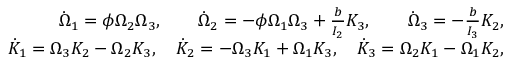
\begin{array} { r } { \dot { \Omega } _ { 1 } = \phi \Omega _ { 2 } \Omega _ { 3 } , \qquad \dot { \Omega } _ { 2 } = - \phi \Omega _ { 1 } \Omega _ { 3 } + \frac { b } { I _ { 2 } } K _ { 3 } , \qquad \dot { \Omega } _ { 3 } = - \frac { b } { I _ { 3 } } K _ { 2 } , } \\ { \dot { K } _ { 1 } = \Omega _ { 3 } K _ { 2 } - \Omega _ { 2 } K _ { 3 } , \quad \dot { K } _ { 2 } = - \Omega _ { 3 } K _ { 1 } + \Omega _ { 1 } K _ { 3 } , \quad \dot { K } _ { 3 } = \Omega _ { 2 } K _ { 1 } - \Omega _ { 1 } K _ { 2 } , } \end{array}